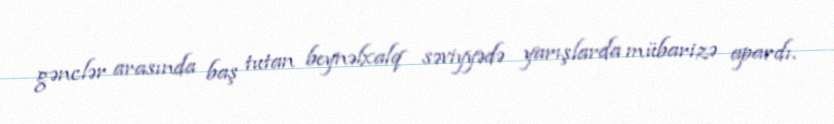
gənclər arasında baş tutan beynəlxalq səviyyədə yarışlarda mübarizə apardı.